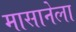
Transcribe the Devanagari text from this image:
मासानेला